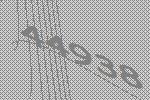
44938